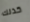
كذلك